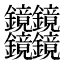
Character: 𰽔